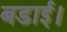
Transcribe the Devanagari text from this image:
बडाई।